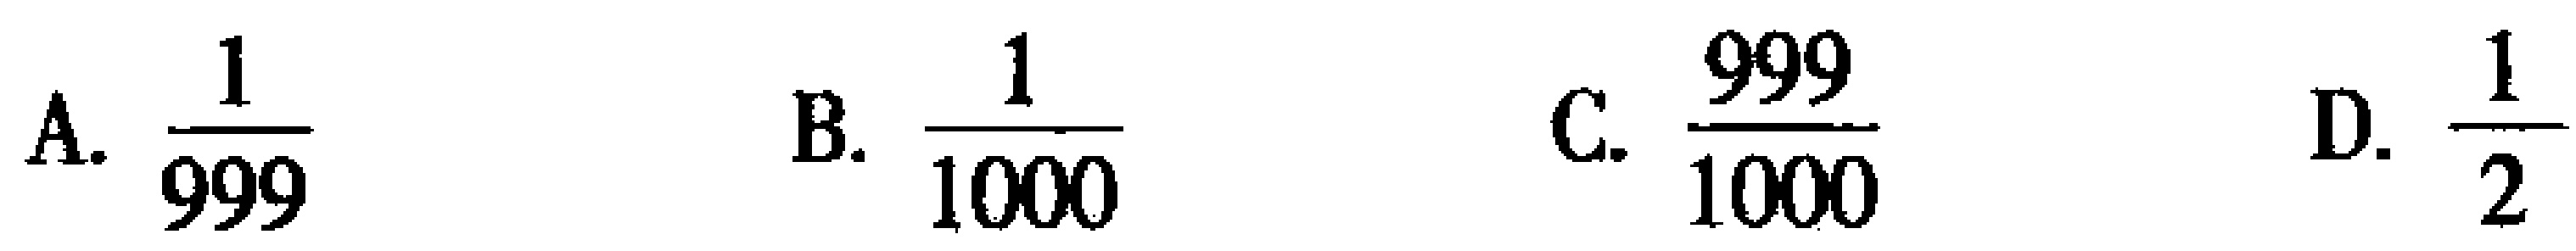
A. $\frac{1}{999}$  B. $\frac{1}{1000}$  C. $\frac{999}{1000}$  D. $\frac{1}{2}$